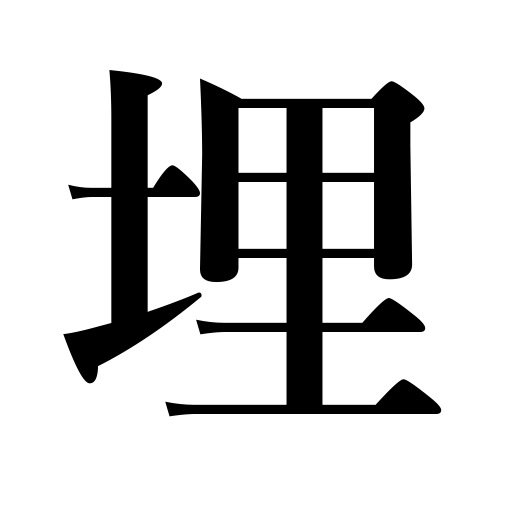
Meanings: be covered,inter,be buried,make up for,pour in,bury,be imbedded in,plug up,fill up,inlay,live in obscruity,be filled up